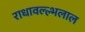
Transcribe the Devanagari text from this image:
राधावल्ल्भलाल